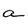
Character: a